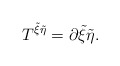
\begin{align*}T^{{\tilde \xi}{\tilde \eta}}=\partial{\tilde \xi}{\tilde \eta} .\end{align*}